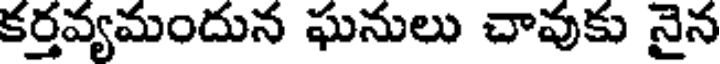
కర్తవ్యమందున ఘనులు చావుకు నైన